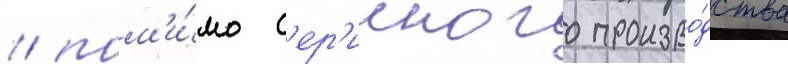
/ пом'и́мо с'ер'ииного произво́дства